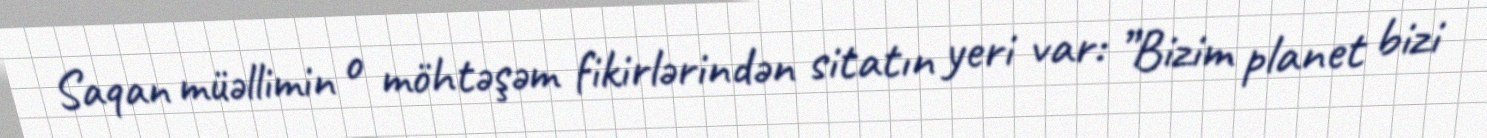
Saqan müəllimin o möhtəşəm fikirlərindən sitatın yeri var: ”Bizim planet bizi